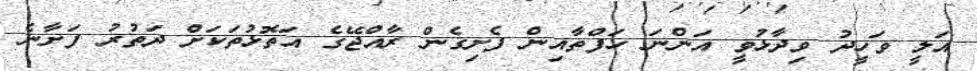
އަލީ ވަހީދު ވިދާޅުވީ އަންނަ ހަފްތާއިން ފެށިގެން ރާއްޖޭގެ އަތޮޅުތަކަށް ދަތުރު ފަށާނެ